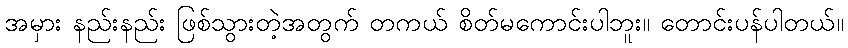
အမှား နည်းနည်း ဖြစ်သွားတဲ့အတွက် တကယ် စိတ်မကောင်းပါဘူး။ တောင်းပန်ပါတယ်။